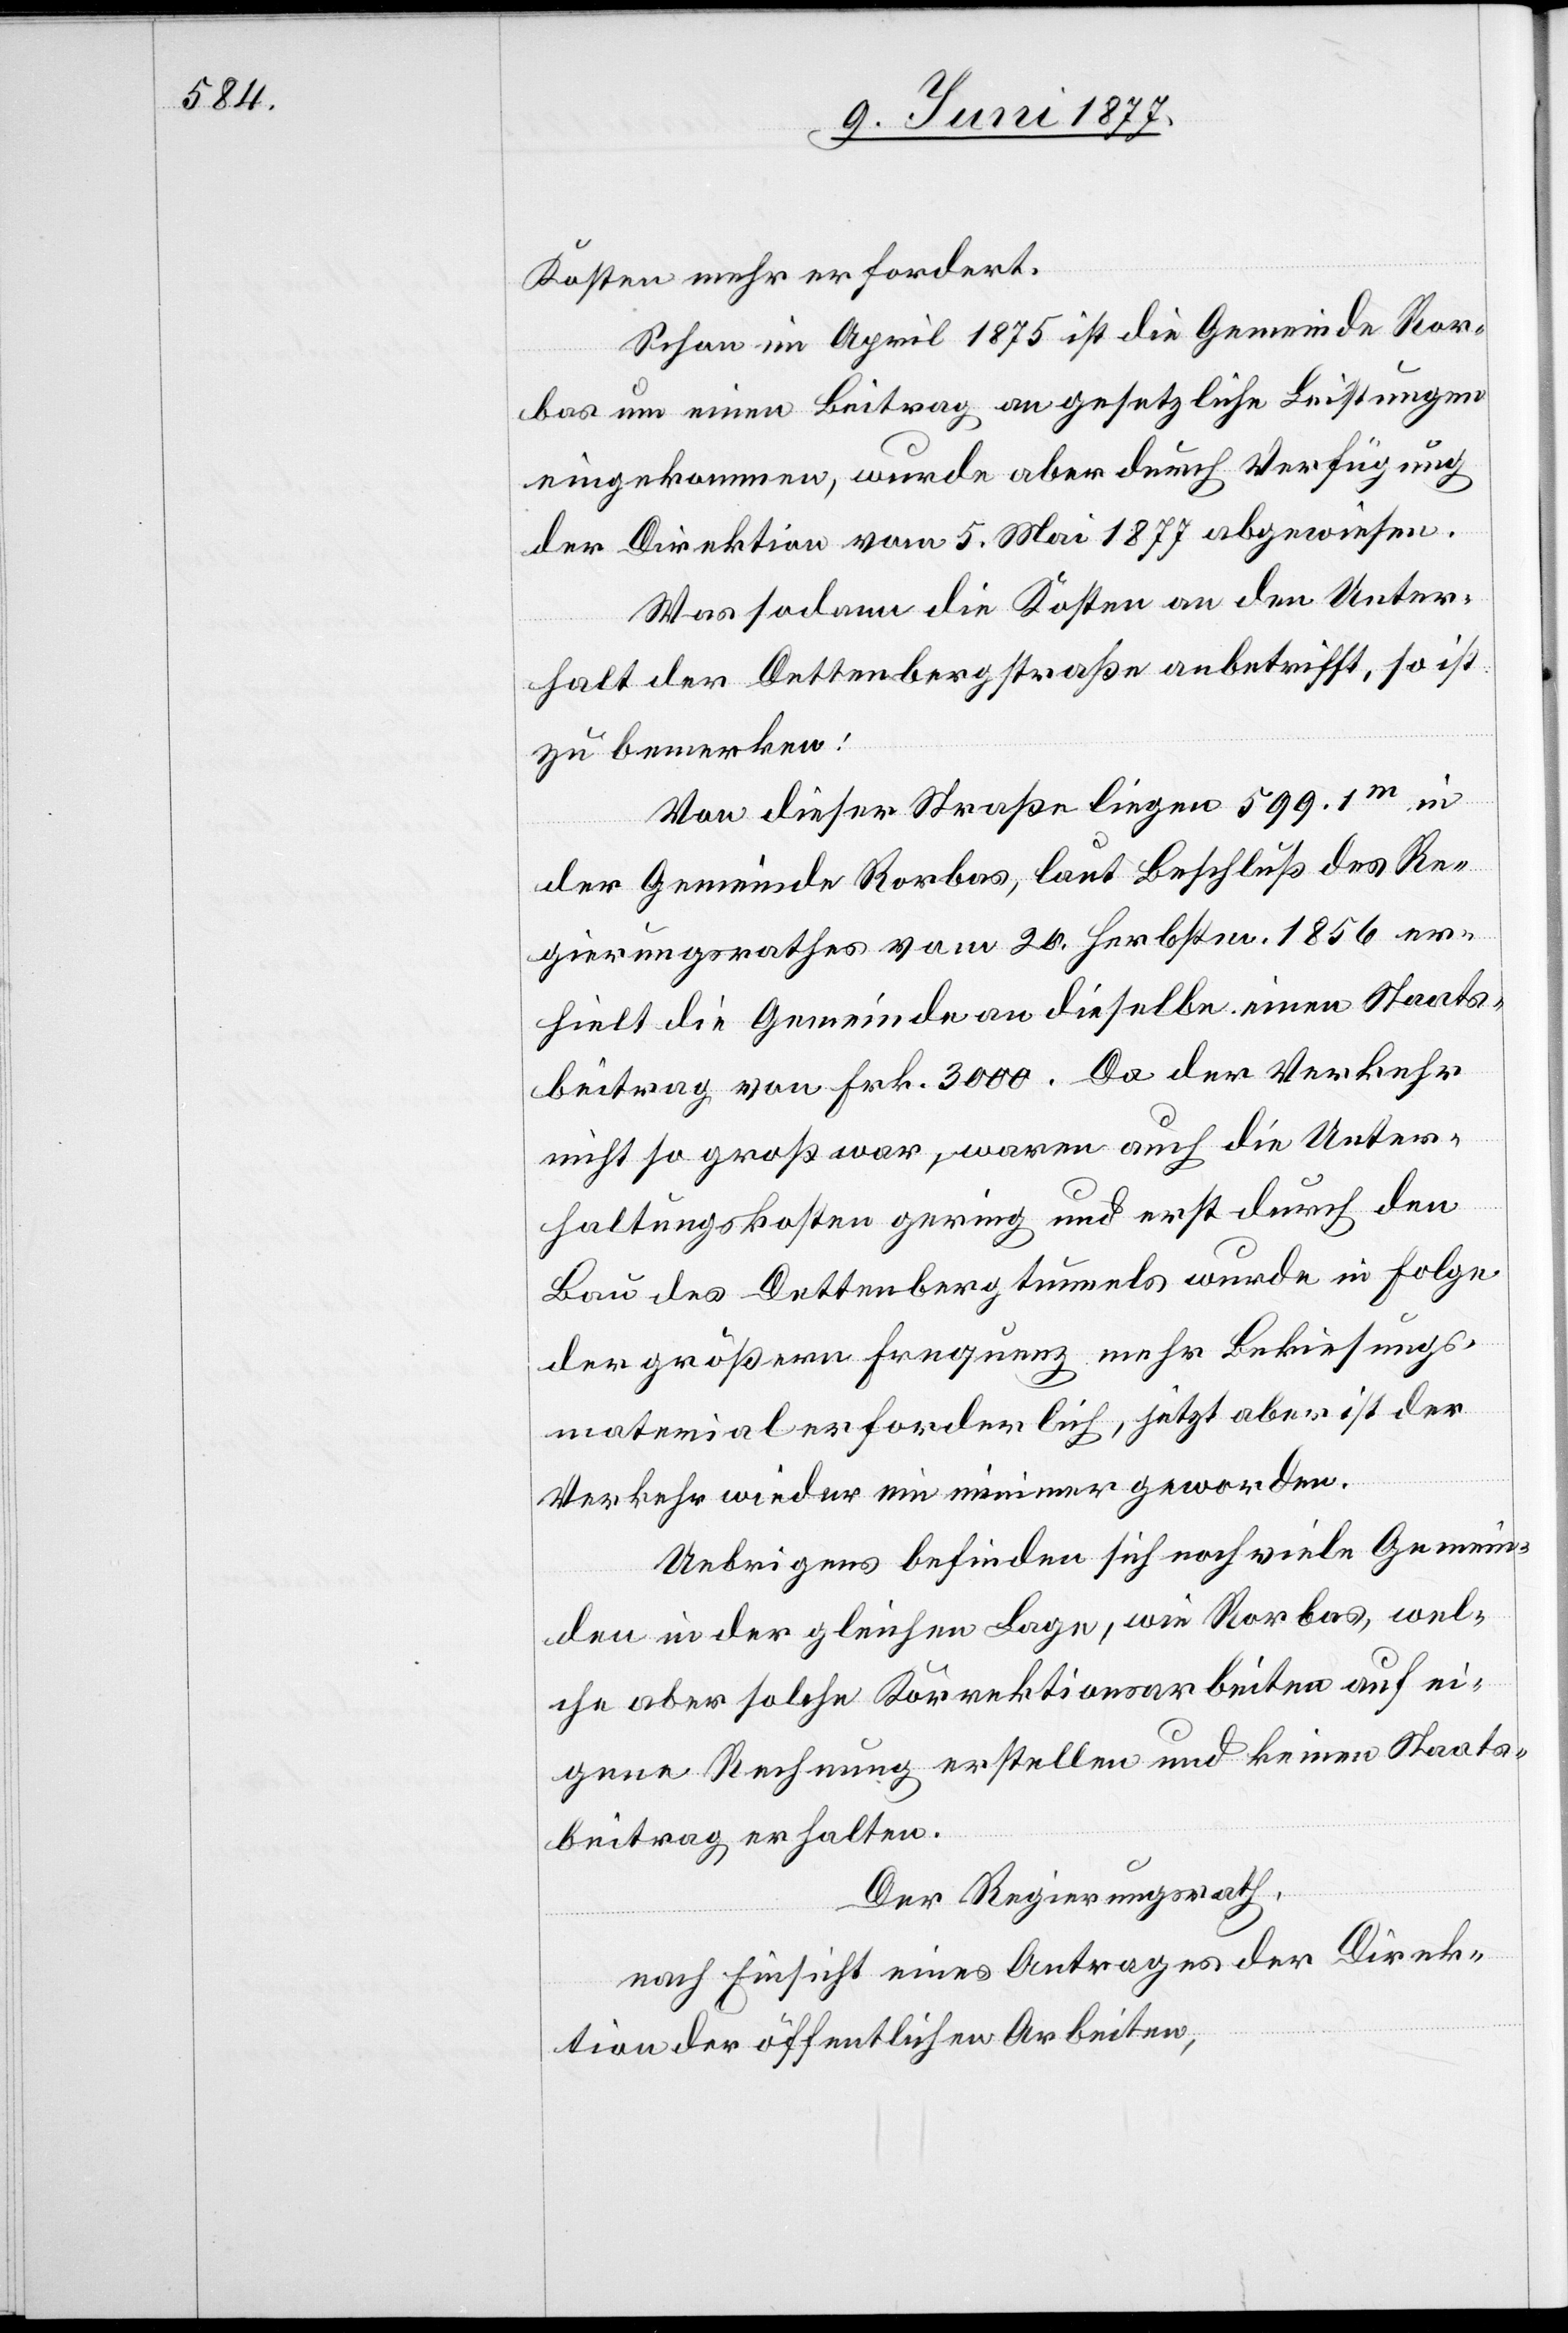
Kosten mehr erfordert.
Schon im April 1875 ist die Gemeinde Ror¬
bas um einen Beitrag an gesetzliche Leistungen
eingekommen, wurde aber durch Verfügung
der Direktion vom 5. Mai 1877 abgewiesen.
Was sodann die Kosten an den Unter¬
halt der Dettenbergstraße anbetrifft, so ist
zu bemerken:
Von dieser Straße liegen 599.1m in
der Gemeinde Rorbas, laut Beschluß des Re¬
gierungsrathes vom 20. Herbstm. 1856 er¬
hielt die Gemeinde an dieselbe einen Staats¬
beitrag von Frk. 3000. Da der Verkehr
ats¬
nicht so groß war, waren auch die Unter¬
haltungskosten gering und erst durch den
Bau des Dettenbergtunnels wurde in Folge
der größern Frequenz mehr Bekiesungs¬
material erforderlich, jetzt aber ist der
Verkehr wieder ein minimer geworden.
Uebrigens befinden sich noch viele Gemein¬
den in der gleichen Lage, wie Rorbas, wel¬
che aber solche Korrektionsarbeiten auf ei¬
beitrag erhalten.
Der Regierungsrath,
nach Einsicht eines Antrages der Direk¬
tion der öffentlichen Arbeiten,